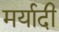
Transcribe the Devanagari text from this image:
मर्यादी